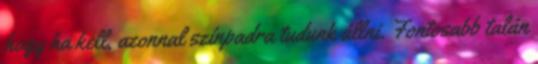
hogy ha kell, azonnal színpadra tudunk állni. Fontosabb talán